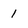
Character: 1